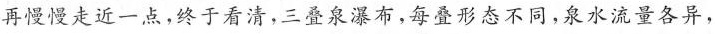
再慢慢走近一点,终于看清,三叠泉瀑布,每叠形态不同,泉水流量各异，